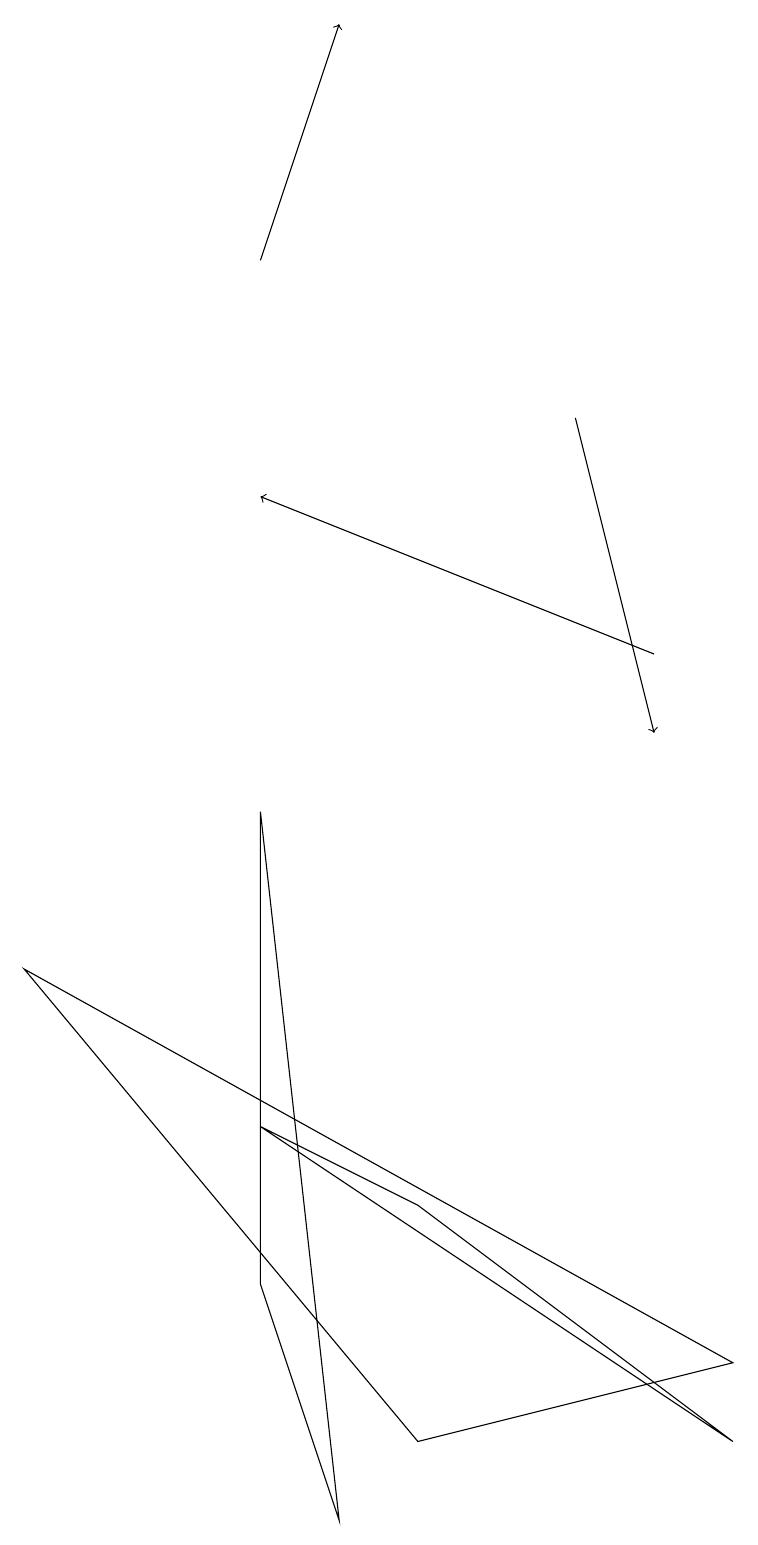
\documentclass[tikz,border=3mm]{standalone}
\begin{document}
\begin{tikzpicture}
\draw (5,1) -- (0,7) -- (9,2) -- cycle;
\draw[->] (7,14) -- (8,10);
\draw[->] (8,11) -- (3,13);
\draw[->] (3,16) -- (4,19);
\draw (3,9) -- (3,3) -- (4,0) -- cycle;
\draw (5,4) -- (3,5) -- (9,1) -- cycle;
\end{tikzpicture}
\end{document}